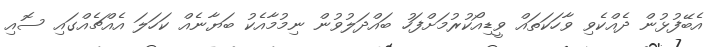
އެބޭފުޅުން ދެއްކެވި ވާހަކަތައް ވީޑިއޯކުރުމަށްފަހު ބައްދަލުވުން ނިމުމާއެކު ބަޔާނެއް ކަހަލަ އެއްޗެއްގައި ސޮއި